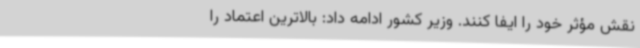
نقش مؤثر خود را ایفا کنند. وزیر کشور ادامه داد: بالاترین اعتماد را